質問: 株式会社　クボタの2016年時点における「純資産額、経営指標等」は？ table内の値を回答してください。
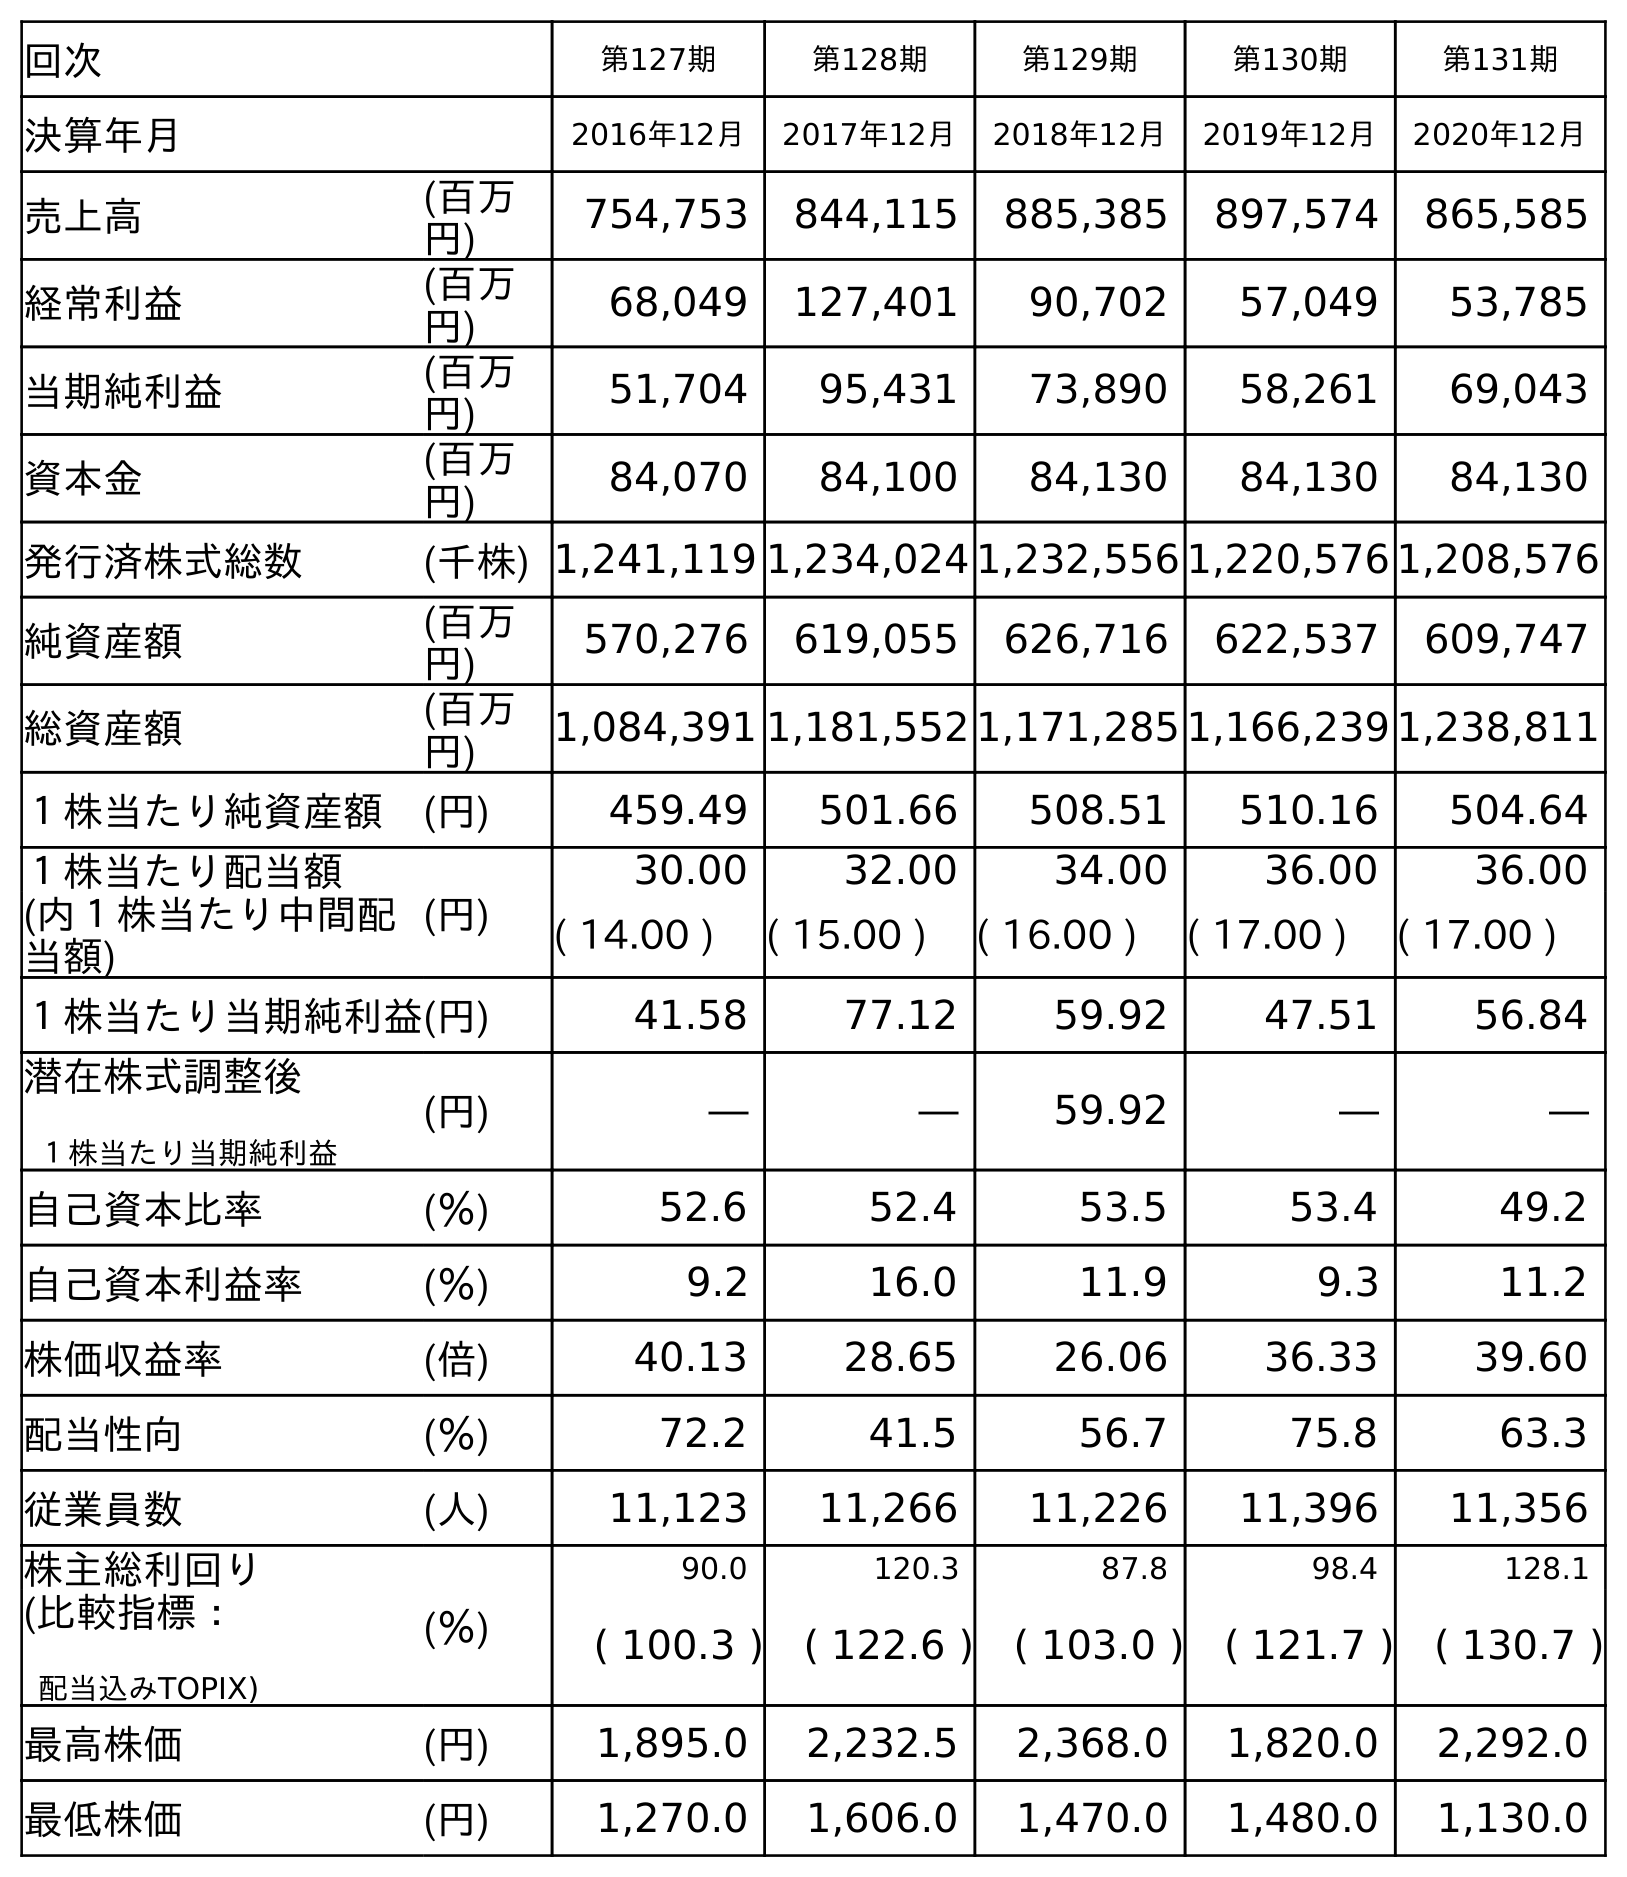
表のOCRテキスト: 回次 第127期 第128期 第129期 第130期 第131期 決算年月 2016年12月 2017年12月 2018年12月 2019年12月 2020年12月 売上高 (百万 円) 754,753 844,115 885,385 897,574 865,585 経常利益 (百万 円) 68,049 127,401 90,702 57,049 53,785 当期純利益 (百万 円) 51,704 95,431 73,890 58,261 69,043 資本金 (百万 円) 84,070 84,100 84,130 84,130 84,130 発行済株式総数 (千株) 1,241,119 1,234,024 1,232,556 1,220,576 1,208,576 純資産額 (百万 円) 570,276 619,055 626,716 622,537 609,747 総資産額 (百万 円) 1,084,391 1,181,552 1,171,285 1,166,239 1,238,811 １株当たり純資産額 (円) 459.49 501.66 508.51 510.16 504.64 １株当たり配当額 (円) 30.00 32.00 34.00 36.00 36.00 (内１株当たり中間配 当額) ( 14.00 ) ( 15.00 ) ( 16.00 ) ( 17.00 ) ( 17.00 ) １株当たり当期純利益(円) 41.58 77.12 59.92 47.51 56.84 潜在株式調整後 １株当たり当期純利益 (円) ― ― 59.92 ― ― 自己資本比率 (％) 52.6 52.4 53.5 53.4 49.2 自己資本利益率 (％) 9.2 16.0 11.9 9.3 11.2 株価収益率 (倍) 40.13 28.65 26.06 36.33 39.60 配当性向 (％) 72.2 41.5 56.7 75.8 63.3 従業員数 (人) 11,123 11,266 11,226 11,396 11,356 株主総利回り (％) 90.0 120.3 87.8 98.4 128.1 (比較指標： 配当込みTOPIX) ( 100.3 ) ( 122.6 ) ( 103.0 ) ( 121.7 ) ( 130.7 ) 最高株価 (円) 1,895.0 2,232.5 2,368.0 1,820.0 2,292.0 最低株価 (円) 1,270.0 1,606.0 1,470.0 1,480.0 1,130.0
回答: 570,276